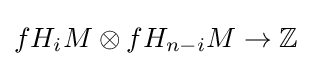
fH_{i}M\otimes fH_{n-i}M\to \mathbb {Z}